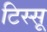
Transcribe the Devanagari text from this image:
टिस्सू